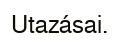
Utazásai.